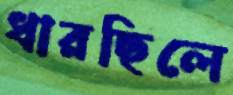
ধারছিলে